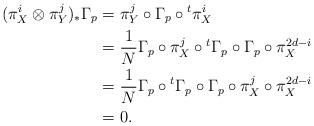
LaTeX: \begin{align*}(\pi_X^i\otimes\pi_Y^j)_*\Gamma_{p} & = \pi_Y^j\circ \Gamma_p\circ{}^t\pi_X^i\\& = \frac{1}{N} \Gamma_p\circ\pi_X^j\circ {}^t\Gamma_p\circ \Gamma_p\circ\pi^{2d-i}_X\\& = \frac{1}{N} \Gamma_p\circ {}^t\Gamma_p\circ \Gamma_p\circ \pi_X^j\circ\pi_X^{2d-i}\\& = 0.\end{align*}